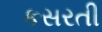
કસરતી